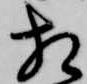
相